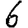
Digit: 6